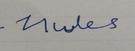
Signature authenticity: forged